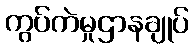
ကွပ်ကဲမှုဌာနချုပ်